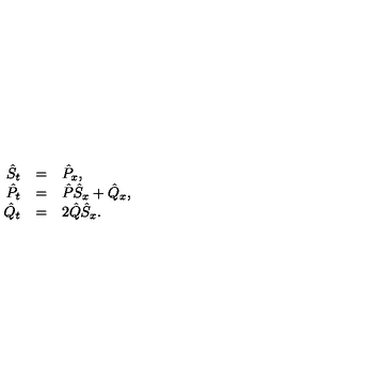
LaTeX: \begin{array} { r c l } { { \hat { S } } _ { t } } & { = } & { { \hat { P } } _ { x } , } \\ { { \hat { P } } _ { t } } & { = } & { { \hat { P } } { \hat { S } } _ { x } + { \hat { Q } } _ { x } , } \\ { { \hat { Q } } _ { t } } & { = } & { { 2 } { \hat { Q } } { \hat { S } } _ { x } . } \\ \end{array}